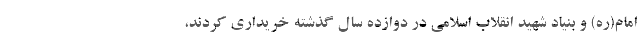
امام(ره) و بنیاد شهید انقلاب اسلامی در دوازده سال گذشته خریداری کردند،